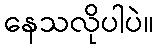
နေသလိုပါပဲ။